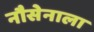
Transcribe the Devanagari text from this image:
नौसेनाला